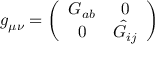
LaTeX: g _ { \mu \nu } = \left( \begin{array} { c c } { { G _ { a b } } } & { { 0 } } \\ { { 0 } } & { { \hat { G } _ { i j } } } \end{array} \right)